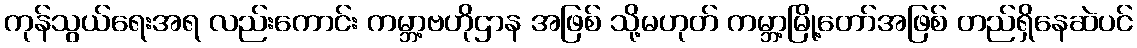
ကုန်သွယ်ရေးအရ လည်းကောင်း ကမ္ဘာ့ဗဟိုဌာန အဖြစ် သို့မဟုတ် ကမ္ဘာ့မြို့တော်အဖြစ် တည်ရှိနေဆဲပင်